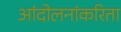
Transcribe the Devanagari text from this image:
आंदोलनांकरिता